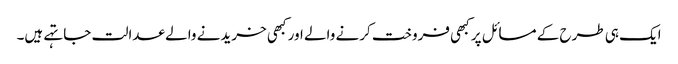
ایک ہی طرح کے مسائل پر کبھی فروخت کرنے والے اور کبھی خریدنے والے عدالت جا تہے ہیں۔